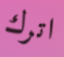
اترك